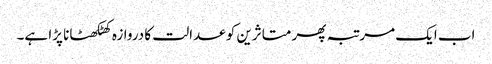
اب ایک مرتبہ پھر متاثرین کو عدالت کا دروازہ کھٹکھٹانا پڑا ہے۔